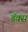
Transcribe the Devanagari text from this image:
डॅक्स